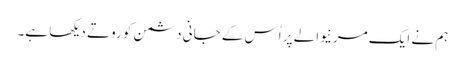
ہم نے ایک مرنیوالے پر اُس کے جانی دشمن کو روتے دیکھا ہے۔